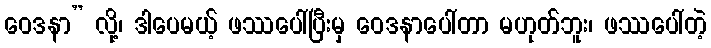
ဝေဒနာ” လို့၊ ဒါပေမယ့် ဖဿပေါ်ပြီးမှ ဝေဒနာပေါ်တာ မဟုတ်ဘူး၊ ဖဿပေါ်တဲ့